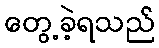
တွေ့ခဲ့ရသည်